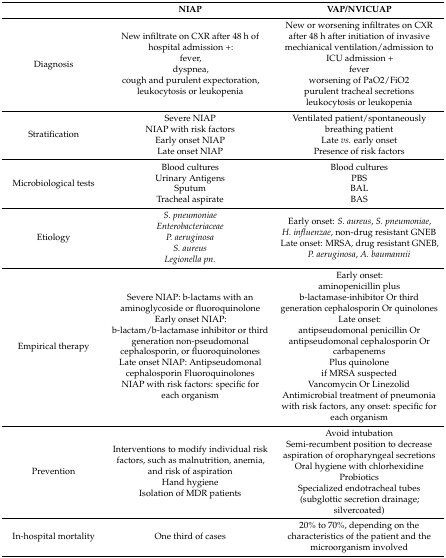
<table><thead><tr><td></td><td><b>NIAP</b></td><td><b>VAP/NVICUAP</b></td></tr></thead><tbody><tr><td>Diagnosis</td><td>New infiltrate on CXR after 48 h of hospital admission +: fever, dyspnea, cough and purulent expectoration, leukocytosis or leukopenia</td><td>New or worsening infiltrates on CXR after 48 h after initiation of invasive mechianical ventilation/admission to ICU admission + fever worsening of PaO2/FiO2 purulent tracheal secretions leukocytosis or leukopenia</td></tr><tr><td>Stratification</td><td>Severe NIAP NIAP with risk factors Early onset NIAP Late onset NIAP</td><td>Ventilated patient/spontaneously breathing patient Late <i>vs.</i> early onset Presence of risk factors</td></tr><tr><td>Microbiological tests</td><td>Blood cultures Urinary Antigens Sputum Tracheal aspirate</td><td>Blood cultures PBS BAL BAS</td></tr><tr><td>Etiology</td><td><i>S. pneumoniae</i><i>Enterobacteriaceae</i><i>P. aeruginosa</i><i>S. aureus</i><i>Legionella pn.</i></td><td>Early onset: <i>S. aureus</i>, <i>S. pneumoniae</i>, <i>H. influenzae</i>, non-drug resistant GNEB Late onset: MRSA, drug resistant GNEB, <i>P. aeruginosa</i>, <i>A. baumannii</i></td></tr><tr><td>Empirical therapy</td><td>Severe NIAP: b-lactams with an aminoglycoside or fluoroquinolone Early onset NIAP: b-lactam/b-lactamase inhibitor or third generation non-pseudomonal cephalosporin, or fluoroquinolones Late onset NIAP: Antipseudomonal cephalosporin Fluoroquinolones NIAP with risk factors: specific for each organism</td><td>Early onset: aminopenicillin plus b-lactamase-inhibitor Or third generation cephalosporin Or quinolones Late onset: antipseudomonal penicillin Or antipseudomonal cephalosporin Or carbapenems Plus quinolone if MRSA suspected Vancomycin Or Linezolid Antimicrobial treatment of pneumonia with risk factors, any onset: specific for each organism</td></tr><tr><td>Prevention</td><td>Interventions to modify individual risk factors, such as malnutrition, anemia, and risk of aspiration Hand hygiene Isolation of MDR patients</td><td>Avoid intubation Semi-recumbent position to decrease aspiration of oropharyngeal secretions Oral hygiene with chlorhexidine Probiotics Specialized endotracheal tubes (subglottic secretion drainage; silvercoated)</td></tr><tr><td>In-hospital mortality</td><td>One third of cases</td><td>20% to 70%, depending on the characteristics of the patient and the microorganism involved</td></tr></tbody></table>